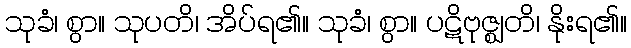
သုခံ၊ စွာ။ သုပတိ၊ အိပ်ရ၏။ သုခံ၊ စွာ။ ပဋိဗုဇ္ဈတိ၊ နိုးရ၏။